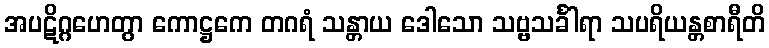
အပဋိဂ္ဂဟေတွာ ကောဋ္ဌကေ တဂရံ သန္တာယ ဒေါသော သဗ္ဗသင်္ခါရာ သပရိယန္တစာရီတိ